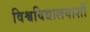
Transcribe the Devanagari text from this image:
विश्वविद्यालयाशी